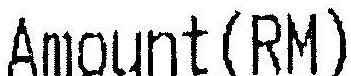
AMOUNT(RM)